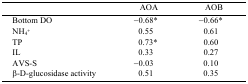
<table><thead><tr><td></td><td><b>AOA</b></td><td><b>AOB</b></td></tr></thead><tbody><tr><td>Bottom DO</td><td>−0.68*</td><td>−0.66*</td></tr><tr><td>NH<sub>4</sub><sup>+</sup></td><td>0.55</td><td>0.61</td></tr><tr><td>TP</td><td>0.73*</td><td>0.60</td></tr><tr><td>IL</td><td>0.33</td><td>0.27</td></tr><tr><td>AVS-S</td><td>−0.03</td><td>0.10</td></tr><tr><td>β-D-glucosidase activity</td><td>0.51</td><td>0.35</td></tr></tbody></table>